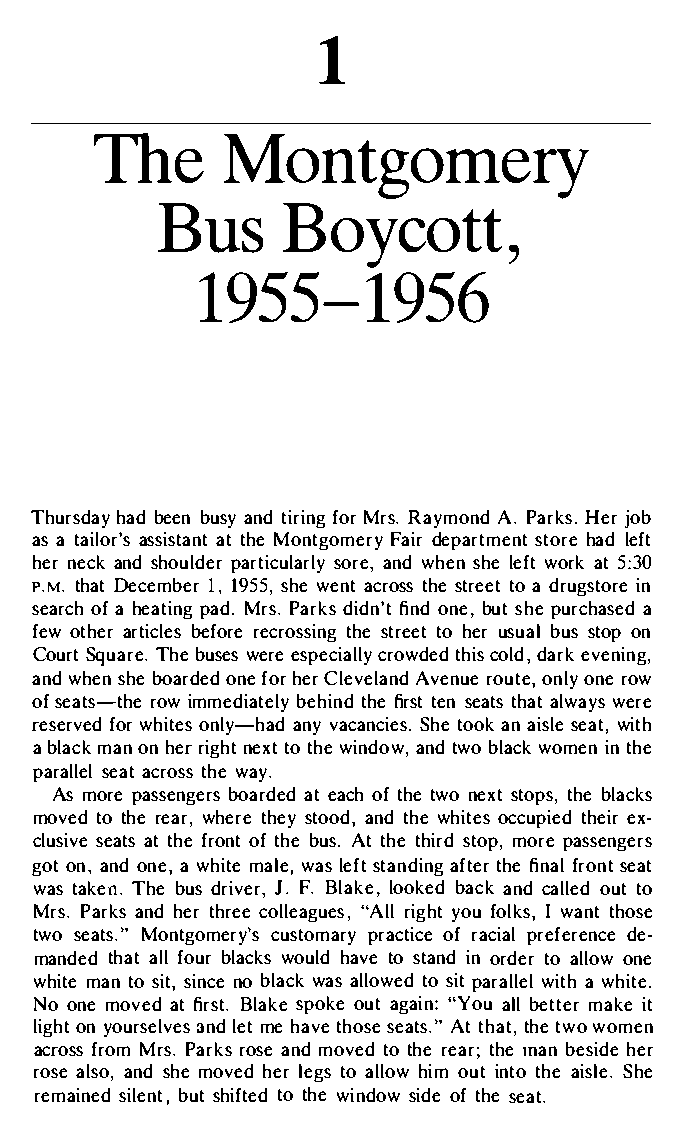
1
 The      Montgomery
 BusB        oycott,
 1955-1956
 Thursdbaeye nh adb utsiyrf ioaMnrnrg ds . RaAy.Pm aornHkdes jr.o b
 as taai laosrs'iasstt t haMeno tn tgoFmaeidrrey p arsttmoehnrateld e ft
 henre cakn sdh oupladretri scourlaean,rwd lh yes nh lee wfotr akt5 :03
 P.M.t hDaetc em1b1,e9 r5 s5hw,ee natc rossst rttehoee dt ra u gsitno re
 seaorfcah h e atpiandMg.r sP.a rdkisd finn'odtn ,eb usth peu rchaa sed
 feowt haerrt ibcelfeorsre ec rotshsseit nrtgeo eh etur s ubaulss t op on
 CouSrqtu aTrhebe.u sese swpeerceci raolwtldhyeci dos ,ld darekv ening,
 anwdh esnh e boafrodhreed Cr l oenveeA lvaennrduo eu otneol,ny re o w
 of  seartosiw-m tmheed ibaetheitlnhfiyder st ttehnaa ltsw ewaaeytrsse
 resefrovwreh di otnelsy -had anSyh tevo aocka nascnaei tewa,sii .ts hl e
 ab lamcakon n rhiegrnh ettx ott hwei ndaonwtd,w o blaciknt h weo men
 paraslelaaectlr tohswesa .y
 Asm orpea ssengeraste abcoohfa rttdwhenoede xstt otphsbe,l acks
 movetdot hree awrh,e trhees yt o,ao ndtdh weh iotcecsu ptiheeedix r­
 clussievaaettt s h fer ontth beou fsA .t tthhier dm osrtpeoa ps,s engers
 gootn, a nodn ,e wah imtael wea,ls e sftta nadfitnegfir n aftlrh oesn eta t
 watsa k.Te hneb udsr ivJe.F r.B, l akloeo,k beadca kn cda loluettdo
 Mr.sP araknshd e trh rceoelg luee"asA,lr li gyhotfu ok l,sI wantth ose
 twos esa.tM"o ntgomery'sp raccuotsfirt caoecmp iararelyf erence de­
 mandtehdaa tlf lo ubrl awcokushl adv teo sitnoa rnddte oar l loonwe
 whimtaent os it,n osb ilnawccaekas l lotwose ipdta rallaew lh iwtiet.h
 Noo nmeo veadtfi rsBtl.as kpeo okueat g a"iYno:au lb le tmtaekrie t
 ligohny to ursaenlldve metes htahvoess eea. tA"st tthhatetw ,o women
 acrforsosMm rs P.a rrkossa enm do vetdot hreer at;h mea nb eshiedre
 rose  aanlsdsh moeo, v ed hteoar l llhoeiwgom su itn toa iltsehS.eh e
 remaisniel,bde u nstth ifttote hdwe ni doswi odfet hseae t.